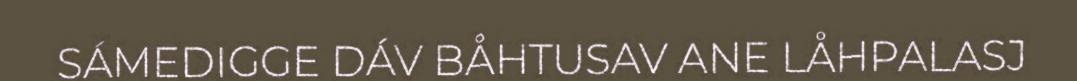
SÁMEDIGGE DÁV BÅHTUSAV ANE LÅHPALASJ